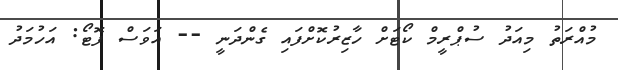
މުއްރަތު މިއަދު ސުޕްރީމް ކޯޓަށް ހާޒިރުކޮށްފައި ގެންދަނީ -- އަވަސް ފޮޓޯ: އަހުމަދު